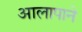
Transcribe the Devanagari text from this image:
आलापाने